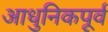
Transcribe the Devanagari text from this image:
आधुनिकपूर्व